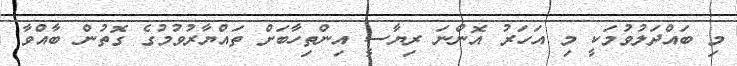
މި ބައްދަލުވުމަކީ މި އަހަރު އޮންނަ ރިޔާސީ އިންތިހާބަށް ތައްޔާރުވުމުގެ ގޮތުން ބާއްވާ